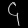
Digit: ၄